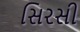
સિરસી